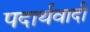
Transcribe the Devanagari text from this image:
पदार्थवादी